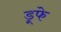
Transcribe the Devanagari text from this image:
डूफे